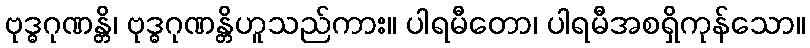
ဗုဒ္ဓဂုဏန္တိ၊ ဗုဒ္ဓဂုဏန္တိဟူသည်ကား။ ပါရမီတော၊ ပါရမီအစရှိကုန်သော။